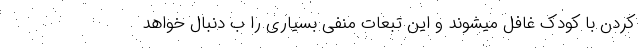
کردن با کودک غافل میشوند و این تبعات منفی بسیاری را ب دنبال خواهد